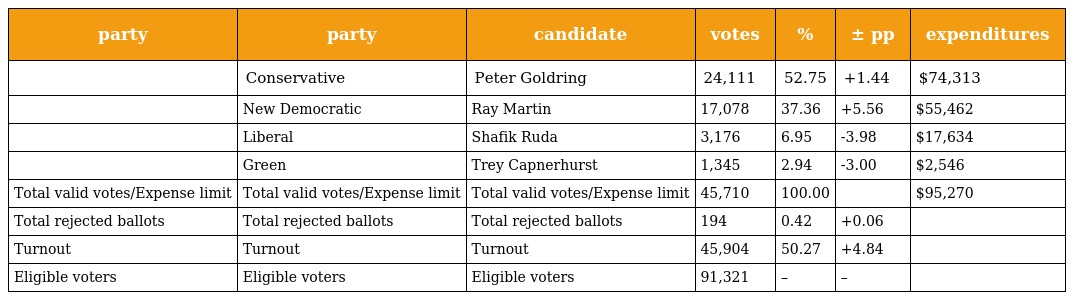
| party | party | candidate | votes | % | ± pp | expenditures |
 | --- | --- | --- | --- | --- | --- | --- |
 |  | Conservative | Peter Goldring | 24,111 | 52.75 | +1.44 | $74,313 |
 |  | New Democratic | Ray Martin | 17,078 | 37.36 | +5.56 | $55,462 |
 |  | Liberal | Shafik Ruda | 3,176 | 6.95 | -3.98 | $17,634 |
 |  | Green | Trey Capnerhurst | 1,345 | 2.94 | -3.00 | $2,546 |
 | Total valid votes/Expense limit | Total valid votes/Expense limit | Total valid votes/Expense limit | 45,710 | 100.00 |  | $95,270 |
 | Total rejected ballots | Total rejected ballots | Total rejected ballots | 194 | 0.42 | +0.06 |  |
 | Turnout | Turnout | Turnout | 45,904 | 50.27 | +4.84 |  |
 | Eligible voters | Eligible voters | Eligible voters | 91,321 | – | – |  |